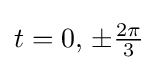
t=0,\,\pm {\tfrac {2\pi }{3}}